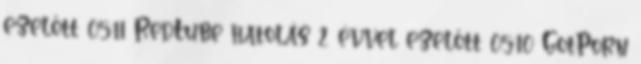
ezelőtt 05:11 RedTube hatolás 2 évvel ezelőtt 05:10 GotPorn